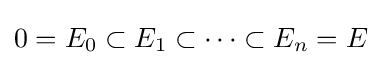
0=E_{0}\subset E_{1}\subset \cdots \subset E_{n}=E